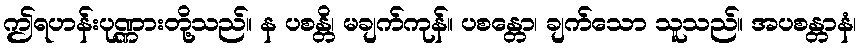
ဤရဟန်းပုဏ္ဏားတို့သည်။ န ပစန္တိ၊ မချက်ကုန်။ ပစန္တော၊ ချက်သော သူသည်။ အပစန္တာနံ၊